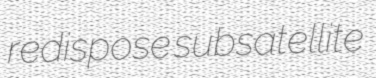
redispose subsatellite